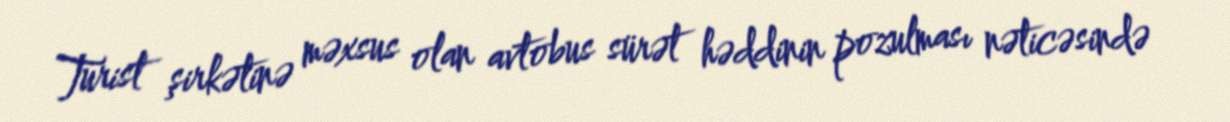
Turist şirkətinə məxsus olan avtobus sürət həddinin pozulması nəticəsində